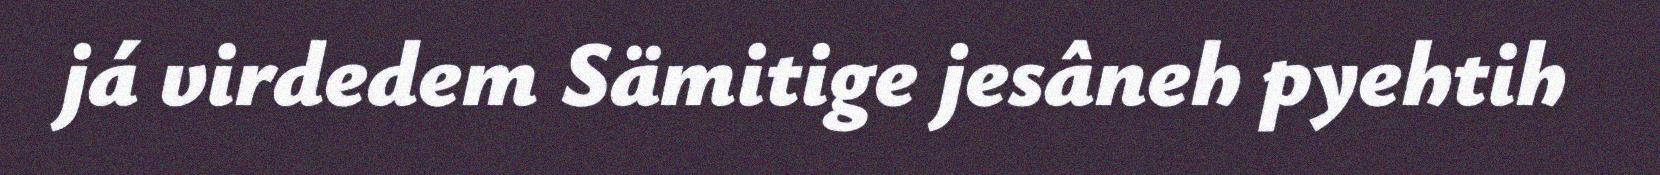
já virdedem Sämitige jesâneh pyehtih